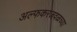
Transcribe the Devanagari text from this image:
अल्फकरजवळच्या